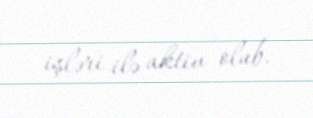
işləri ilə aktiv olub.